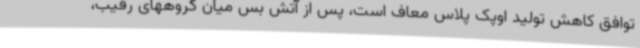
توافق کاهش تولید اوپک پلاس معاف است، پس از آتش بس میان گروههای رقیب،